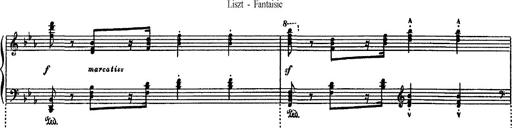
Title: Fantaisie sur des motifs favoris de l'opÃ©ra 'La sonnambula'
Composer: Franz Liszt